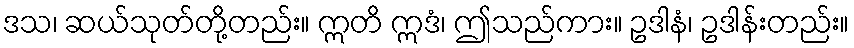
ဒသ၊ ဆယ်သုတ်တို့တည်း။ ဣတိ ဣဒံ၊ ဤသည်ကား။ ဥဒါနံ၊ ဥဒါန်းတည်း။